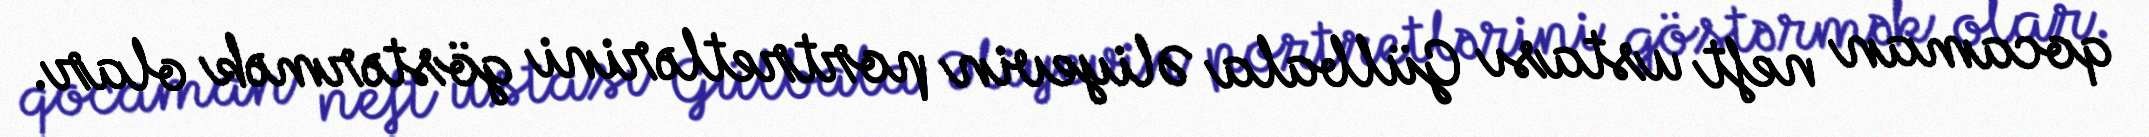
qocaman neft ustası Gülbala Əliyevin portretlərini göstərmək olar.